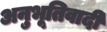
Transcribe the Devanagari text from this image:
अनुभूतिवादी